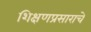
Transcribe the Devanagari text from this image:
शिक्षणप्रसाराचे